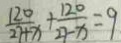
\frac { 1 2 0 } { 2 7 + x } + \frac { 1 2 0 } { 2 7 - x } = 9